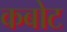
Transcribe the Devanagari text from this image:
कबोट